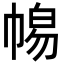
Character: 𭘫